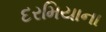
દરમિયાના